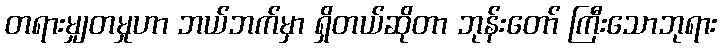
တရားမျှတမှုဟာ ဘယ်ဘက်မှာ ရှိတယ်ဆိုတာ ဘုန်းတော် ကြီးသောဘုရား